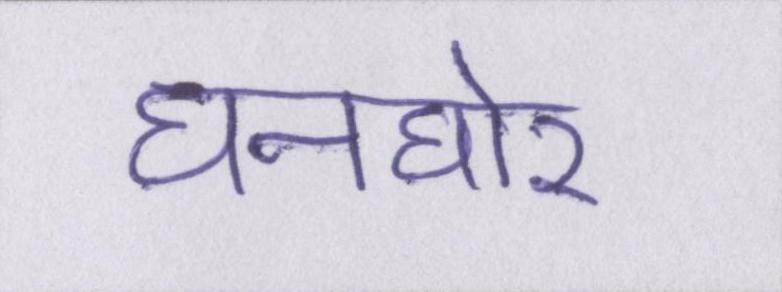
घनघोर